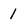
Character: 1